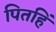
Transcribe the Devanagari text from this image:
पितहिं